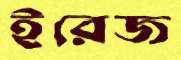
ইরেজ